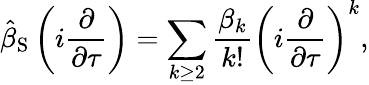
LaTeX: \hat{\beta}_{\mathrm{S}}\left(i\frac{\partial}{\partial\tau}\right)=\sum_{k\geq 2}\frac{\beta_{k}}{k!}\left(i\frac{\partial}{\partial\tau}\right)^{k},